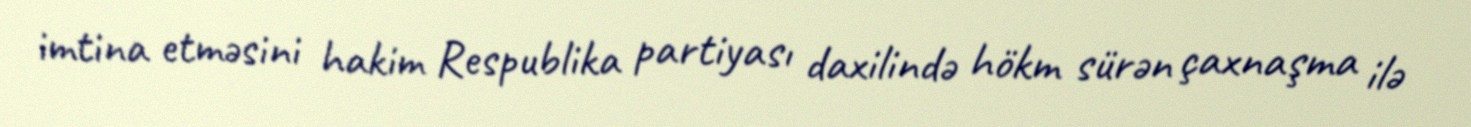
imtina etməsini hakim Respublika partiyası daxilində hökm sürən çaxnaşma ilə